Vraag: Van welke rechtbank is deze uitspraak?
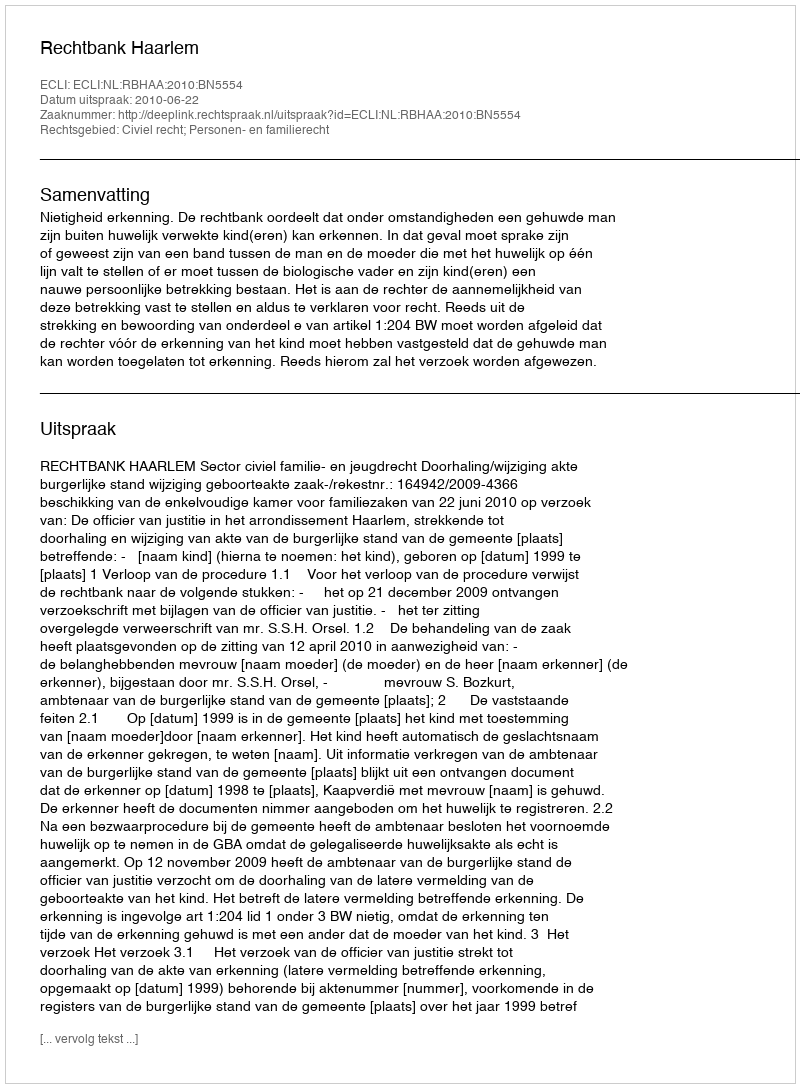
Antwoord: Rechtbank Haarlem